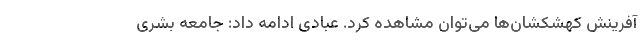
آفرینش کهشکشان‌ها می‌توان مشاهده کرد. عبادی ادامه داد: جامعه بشری